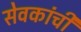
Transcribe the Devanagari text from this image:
सेवकांची